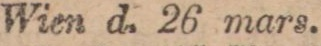
Wien d. 26 mars.